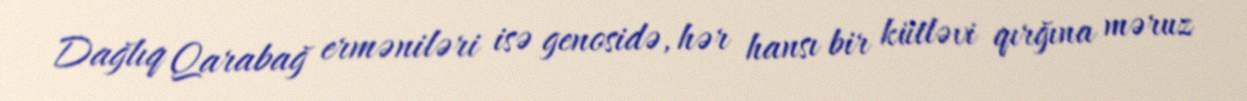
Dağlıq Qarabağ erməniləri isə genosidə, hər hansı bir kütləvi qırğına məruz